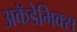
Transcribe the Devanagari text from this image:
अकॅडेमिक्स